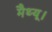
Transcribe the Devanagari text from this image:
मैथ्यू।